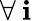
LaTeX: \forall\: \mathbf{i}